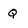
Character: q